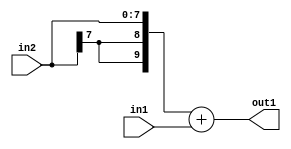
`timescale 1ps / 1ps
/*****************************************************************************
    Verilog RTL Description
    
    
    Created by: Stratus DpOpt 2019.1.01 
*******************************************************************************/

module fix2float_Add_8Sx8U_10S_4_0 (
	in2,
	in1,
	out1
	); /* architecture "behavioural" */ 
input [7:0] in2,
	in1;
output [9:0] out1;
wire [9:0] asc001;

assign asc001 = 
	+({{2{in2[7]}}, in2})
	+(in1);

assign out1 = asc001;
endmodule

/* CADENCE  urj0Qgw= : u9/ySgnWtBlWxVPRXgAZ4Og= ** DO NOT EDIT THIS LINE ******/